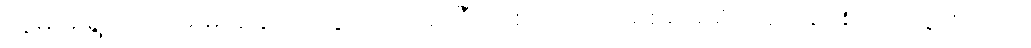
သူမ မိုးရွာတဲ့လမ်းမှာချော်လဲသွားတာအင်္ကျီ တစ်ထည်လုံးရစရာမရှိအောင်ညစ်ပတ်သွားတယ်။